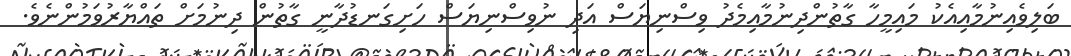
ބަލިވެއިނުމާއިއެކު މައިމީހާ ގާތުންދިނުމާއިމެދު ވިސްނިޔަސް އަދި ނުވިސްނިޔަސް ހަށިގަނޑުދާނީ ގާތުން ދިނުމަށް ތައްޔާރުވަމުންނެވެ.